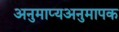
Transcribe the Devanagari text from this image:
अनुमाप्यअनुमापक